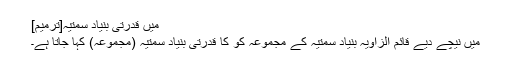
میں قدرتی بنیاد سمتیہ[ترمیم]
میں نیچے دیے قائم الزاویہ بنیاد سمتیہ کے مجموعہ کو کا قدرتی بنیاد سمتیہ (مجموعہ) کہا جاتا ہے۔